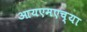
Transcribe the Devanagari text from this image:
आयएमएच्या